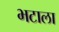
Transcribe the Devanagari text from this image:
भटाला